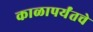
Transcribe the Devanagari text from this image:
काळापर्यंतचे